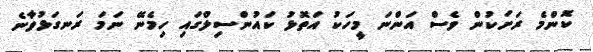
ކޮންމެ ރަށަކުން ވެސް އަންނަ މީހަކު އަތޮޅު ކައުންސިލްގައި ހިމެނޭ ނަމަ ރަނގަޅުވާނެ